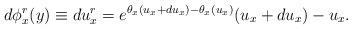
LaTeX: \begin{align*}d\phi_{x}^{r}(y)\equiv du_{x}^{r}= e^{\theta_{x}(u_{x}+du_{x})-\theta_{x}(u_{x})} (u_{x}+du_{x})-u_{x}.\end{align*}